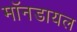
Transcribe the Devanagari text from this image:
मॉनडायल